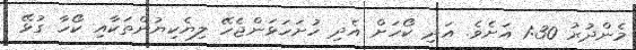
މެންދުރު 1:30 އަށެވެ. އަދި ކޯހަށް އެދި ހުށަހަޅަންޖެހޭ ލިޔެކިޔުންތަކާއި ކޯހާ ގުޅޭ